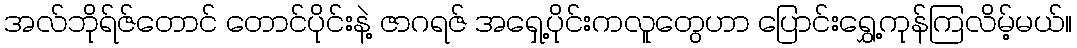
အလ်ဘိုရ်ဇ်တောင် တောင်ပိုင်းနဲ့ ဇာဂရဇ် အရှေ့ပိုင်းကလူတွေဟာ ပြောင်းရွှေ့ကုန်ကြလိမ့်မယ်။